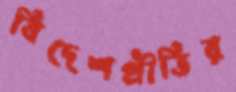
বিদেশপ্রীতির